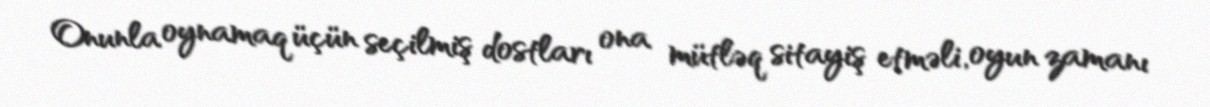
Onunla oynamaq üçün seçilmiş dostları ona mütləq sitayiş etməli, oyun zamanı